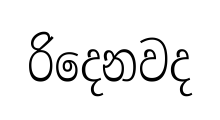
රිදෙනවද